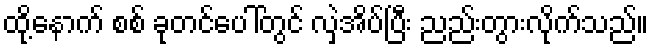
ထို့နောက် စစ် ခုတင်ပေါ်တွင် လှဲအိပ်ပြီး ညည်းတွားလိုက်သည်။